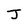
Character: J